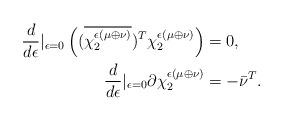
LaTeX: \begin{align*} \frac{d}{d\epsilon}\vert_{\epsilon=0}\left((\overline{\chi_2^{\epsilon(\mu\oplus\nu)}})^T\chi_2^{\epsilon(\mu\oplus\nu)}\right)&=0, \\ \frac{d}{d\epsilon}\vert_{\epsilon=0}\partial\chi_2^{\epsilon(\mu\oplus\nu)}&=-\bar\nu^T. \end{align*}